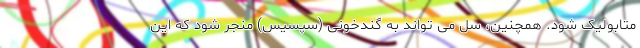
متابولیک شود. همچنین، سل می تواند به گندخونی (سپسیس) منجر شود که این